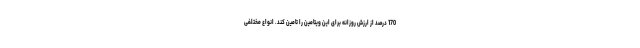
170 درصد از ارزش روزانه برای این ویتامین را تامین کند. انواع مختلفی